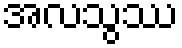
အလသွဿ